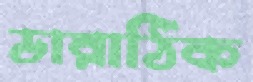
ডারাঠিক